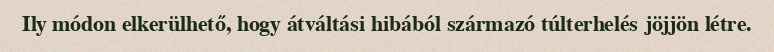
Ily módon elkerülhető, hogy átváltási hibából származó túlterhelés jöjjön létre.